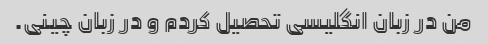
من در زبان انگلیسی تحصیل کردم و در زبان چینی.